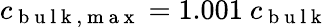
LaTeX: c_{\mathrm{~b~u~l~k~,~m~a~x~}}=1.001\ c_{\mathrm{~b~u~l~k~}}